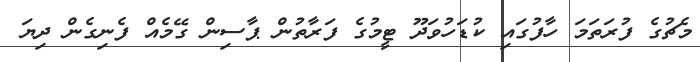
މެޗުގެ ފުރަތަމަ ހާފުގައި ކުޑަހުވަދޫ ޓީމުގެ ފަރާތުން ޕާސިން ގޭމެއް ފެނިގެން ދިޔަ